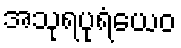
အသုရပုရံယေဝ